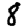
Digit: 8